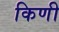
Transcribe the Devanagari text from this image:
किणी